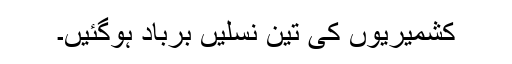
کشمیریوں کی تین نسلیں برباد ہوگئیں۔